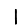
Digit: 1